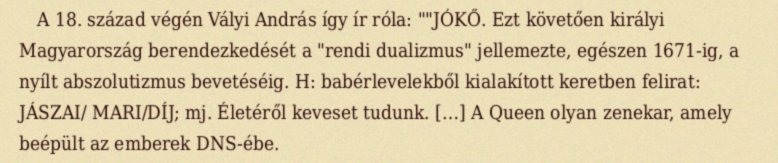
A 18. század végén Vályi András így ír róla: ""JÓKŐ. Ezt követően királyi Magyarország berendezkedését a "rendi dualizmus" jellemezte, egészen 1671-ig, a nyílt abszolutizmus bevetéséig. H: babérlevelekből kialakított keretben felirat: JÁSZAI/ MARI/DÍJ; mj. Életéről keveset tudunk. […] A Queen olyan zenekar, amely beépült az emberek DNS-ébe.